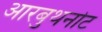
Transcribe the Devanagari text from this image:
आरबुथनोट